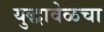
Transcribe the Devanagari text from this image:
युद्धावेळचा